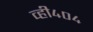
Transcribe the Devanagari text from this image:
व्ही४०४